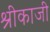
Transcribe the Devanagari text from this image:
श्रीकाजी